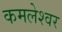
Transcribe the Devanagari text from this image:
कमलेश्‍वर